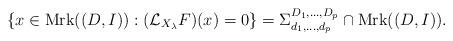
LaTeX: \begin{align*}\{x\in\operatorname{Mrk}((D,I)) : (\mathcal{L}_{X_{\lambda}}F)(x)=0\}=\Sigma^{D_1,\dots,D_p}_{d_1,\dots,d_p}\cap \operatorname{Mrk}((D,I)).\end{align*}